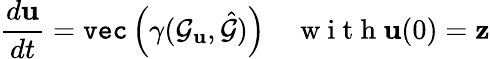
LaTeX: \frac{d\mathbf{u}}{dt}=\texttt{vec}\left(\gamma(\mathcal{G}_{\mathbf{u}},\hat{\mathcal{G}})\right)\quad\mathrm{~w~i~t~h~}\mathbf{u}(0)=\mathbf{z}